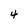
Character: 4